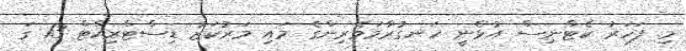
މި ފަހަރު ކެޓްނިސް އުޅެނީ ހަނގުރާމަވެރިންގެ މައި މަރުކަޒު ޑިސްޓްރިކްޓް 13 ގަ